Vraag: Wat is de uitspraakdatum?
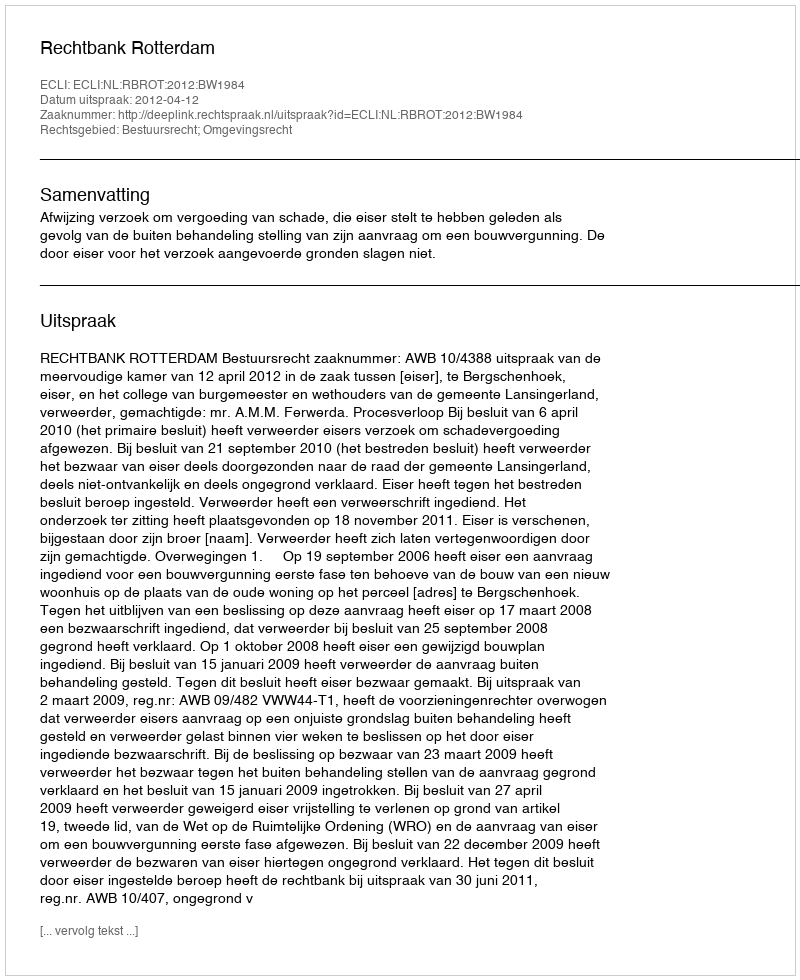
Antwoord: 2012-04-12